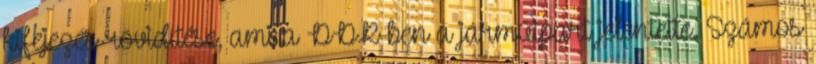
kifejezés rövidítése, ami a DDR-ben a járműipart jelentette. Számos